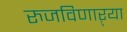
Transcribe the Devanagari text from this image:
रुजविणाऱ्या